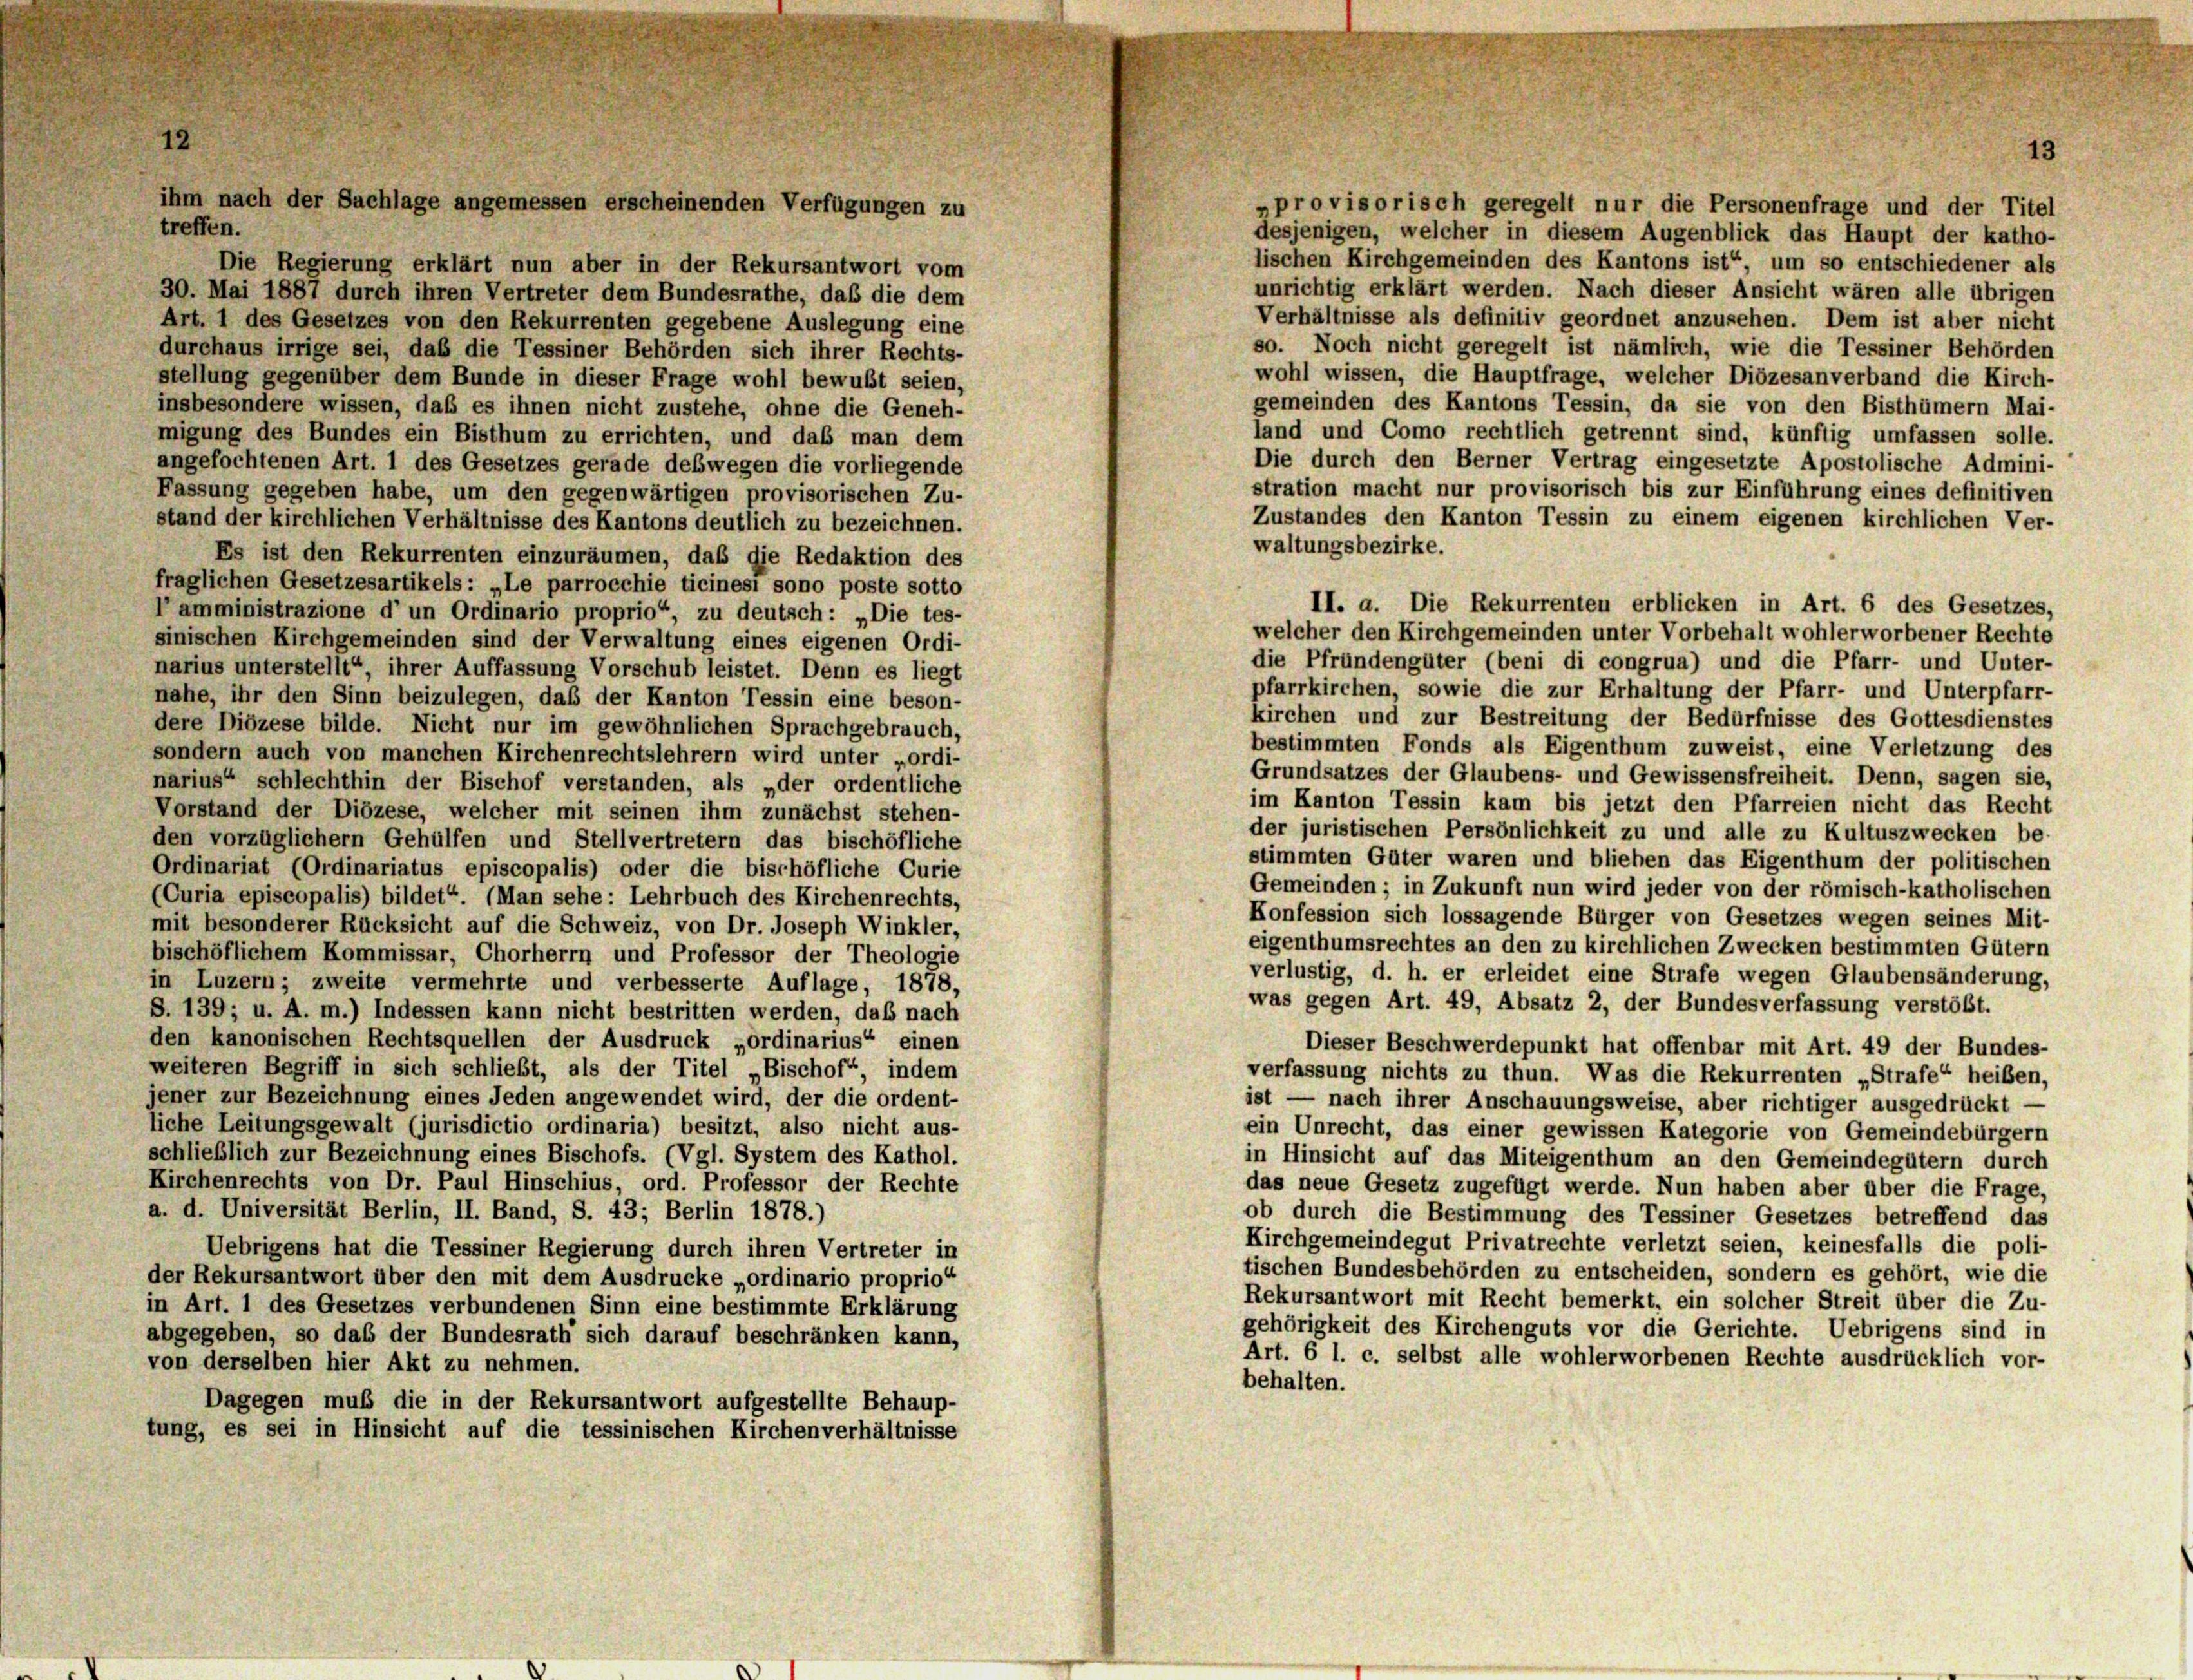
ihm nach der Sachlage angemessen erscheinenden Verfügungen zu

„provisorisch geregelt nur die Personenfrage und der Titel
treffen.
desjenigen, welcher in diesem Augenblick das Haupt der katho-
lischen Kirchgemeinden des Kantons ist“, um so entschiedener als
Die Regierung erklärt nun aber in der Rekursantwort vom
unrichtig erklärt werden. Nach dieser Ansicht wären alle übrigen
30. Mai 1887 durch ihren Vertreter dem Bundesrathe, daß die dem
Verhältnisse als definitiv geordnet anzusehen. Dem ist aber nicht
Art. 1 des Gesetzes von den Rekurrenten gegebene Auslegung eine
so. Noch nicht geregelt ist nämlich, wie die Tessiner Behörden
durchaus irrige sei, daß die Tessiner Behörden sich ihrer Rechts-
wohl wissen, die Hauptfrage, welcher Diözesanverband die Kirch-
stellung gegenüber dem Bunde in dieser Frage wohl bewußt seien,
gemeinden des Kantons Tessin, da sie von den Bisthümern Mai-
insbesondere wissen, daß es ihnen nicht zustehe, ohne die Geneh-
land und Como rechtlich getrennt sind, künftig umfassen solle.
migung des Bundes ein Bisthum zu errichten, und daß man dem
Die durch den Berner Vertrag eingesetzte Apostolische Admini-
angefochtenen Art. 1 des Gesetzes gerade deswegen die vorliegende
stration macht nur provisorisch bis zur Einführung eines definitiven
Fassung gegeben habe, um den gegenwärtigen provisorischen Zu-
Zustandes den Kanton Tessin zu einem eigenen kirchlichen Ver-
stand der kirchlichen Verhältnisse des Kantons deutlich zu bezeichnen.
waltungsbezirke.
Es ist den Rekurrenten einzuräumen, daß die Redaktion des
fraglichen Gesetzesartikels : „Le parrocchie ticinesi sono poste sotto
II. a. Die Rekurrenten erblicken in Art. 6 des Gesetzes,
l’amministrazione d’un Ordinario proprio“ zu deutsch: „Die tes-
welcher den Kirchgemeinden unter Vorbehalt wohlerworbener Rechte
sinischen Kirchgemeinden sind der Verwaltung eines eigenen Ordi-
die Pfründengüter (beni di congrua) und die Pfarr- und Unter-
narius unterstellt“, ihrer Auffassung Vorschub leistet. Denn es liegt
pfarrkirchen, sowie die zur Erhaltung der Pfarr- und Unterpfarr-
nahe, ihr den Sinn beizulegen, daß der Kanton Tessin eine beson-
kirchen und zur Bestreitung der Bedürfnisse des Gottesdienstes
dere Diözese bilde. Nicht nur im gewöhnlichen Sprachgebrauch,
bestimmten Fonds als Eigenthum zuweist, eine Verletzung des
sondern auch von manchen Kirchenrechtslehrern wird unter „ordi-
Grundsatzes der Glaubens- und Gewissensfreiheit. Denn, sagen sie,
narius schlechthin der Bischof verstanden, als „der ordentliche
im Kanton Tessin kam bis jetzt den Pfarreien nicht das Recht
Vorstand der Diözese, welcher mit seinen ihm zunächst stehen-
der juristischen Persönlichkeit zu und alle zu Kultuszwecken be-
den vorzüglichem Gehülfen und Stellvertretern das bischöfliche
stimmten Güter waren und blieben das Eigenthum der politischen
Ordinariat (Ordinariatus episcopalis) oder die bischöfliche Curie
Gemeinden; in Zukunft nun wird jeder von der römisch-katholischen
(Curia episcopalis) bildet“ (Man sehe: Lehrbuch des Kirchenrechts,
Konfession sich lossagende Bürger von Gesetzes wegen seines Mit-
mit besonderer Rücksicht auf die Schweiz, von Dr. Joseph Winkler,
eigenthumsrechtes an den zu kirchlichen Zwecken bestimmten Gütern
bischöflichem Kommissar, Chorherrn und Professor der Theologie
verlustig, d. h. er erleidet eine Strafe wegen Glaubensänderung,
in Luzern; zweite vermehrte und verbesserte Auflage, 1878,
was gegen Art. 49, Absatz 2, der Bundesverfassung verstößt.
S. 139; u. A. m.) Indessen kann nicht bestritten werden, daß nach
den kanonischen Rechtsquellen der Ausdruck „ordinarius“, einen
Dieser Beschwerdepunkt hat offenbar mit Art. 49 der Bundes-
weiteren Begriff in sich schließt, als der Titel „Bischof“, indem
verfassung nichts zu thun. Was die Rekurrenten „Strafe“ heiben,
jener zur Bezeichnung eines Jeden angewendet wird, der die ordent-
ist — nach ihrer Anschauungsweise, aber richtiger ausgedrückt —
liche Leitungsgewalt (jurisdictio ordinaria) besitzt, also nicht aus-
ein Unrecht, das einer gewissen Kategorie von Gemeindebürgern
schließlich zur Bezeichnung eines Bischofs. (Vgl. System des Kathol.
in Hinsicht auf das Miteigenthum an den Gemeindegütern durch
Kirchenrechts von Dr. Paul Hinschius, ord. Professor der Rechte
das neue Gesetz zugefügt werde. Nun haben aber über die Frage,
a. d. Universität Berlin, II. Band, S. 43; Berlin 1878.)
ob durch die Bestimmung des Tessiner Gesetzes betreffend das
Kirchgemeindegut Privatrechte verletzt seien, keinesfalls die poli-
Uebrigens hat die Tessiner Regierung durch ihren Vertreter in
tischen Bundesbehörden zu entscheiden, sondern es gehört, wie die
der Rekursantwort über den mit dem Ausdrucke „ordinario proprio“
Rekursantwort mit Recht bemerkt, ein solcher Streit über die Zu-
in Art. 1 des Gesetzes verbundenen Sinn eine bestimmte Erklärung
gehörigkeit des Kirchenguts vor die Gerichte. Uebrigens sind in
abgegeben, so das der Bundesrath sich darauf beschränken kann,
Art. 6 l. c. selbst alle wohlerworbenen Rechte ausdrücklich vor-
von derselben hier Akt zu nehmen.
behalten.
Dagegen muß die in der Rekursantwort aufgestellte Behaup-
tung, es sei in Hinsicht auf die tessinischen Kirchenverhältnisse

13